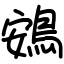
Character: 鴳